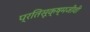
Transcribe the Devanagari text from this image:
प्रतिसूक्ष्मजीवी